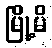
မြို့မိ